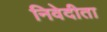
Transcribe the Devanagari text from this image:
निवेदीता